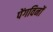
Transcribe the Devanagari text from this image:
पेंगविनों